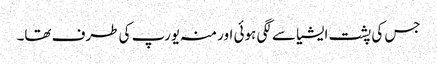
جس کی پشت ایشیا سے لگی ہوئی اور منہ یورپ کی طرف تھا۔